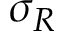
\sigma _ { R }